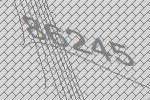
86245